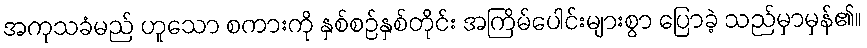
အကုသခံမည် ဟူသော စကားကို နှစ်စဉ်နှစ်တိုင်း အကြိမ်ပေါင်းများစွာ ပြောခဲ့ သည်မှာမှန်၏။